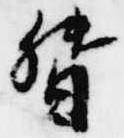
督